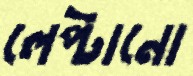
লেপ্টানো